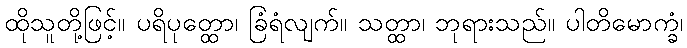
ထိုသူတို့ဖြင့်။ ပရိပုတ္ထော၊ ခြံရံလျက်။ သတ္ထာ၊ ဘုရားသည်။ ပါတိမောက္ခံ၊